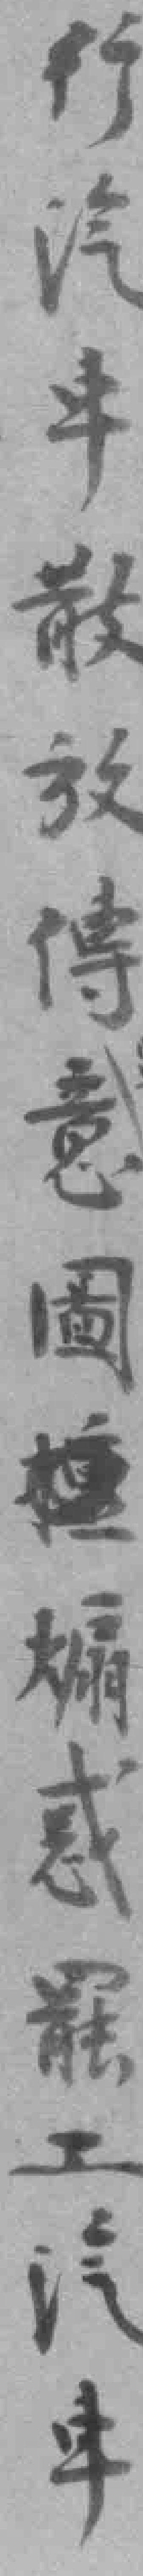
行汽車散放傳意圖*煽惑罷工汽車